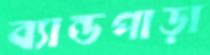
ব্যান্ডপাড়া